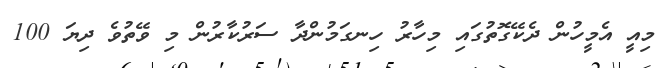
މިއީ އެމީހުން ދެކޭގޮތުގައި މިހާރު ހިނގަމުންދާ ސަރުކާރުން މި ވޭތުވެ ދިޔަ 100